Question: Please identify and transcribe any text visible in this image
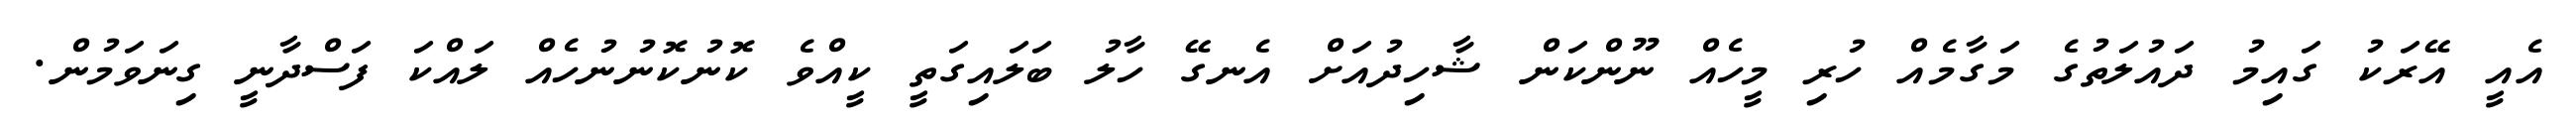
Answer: އެއީ އޭރަކު ގައިމު ދައުލަތުގެ މަގާމެއް ހުރި މީހެއް ނޫންކަން ޝާހިދުއަށް އެނގޭ ހާލު ބަލައިގަތީ ކީއްވެ ކޮނުކޮނުނުހެއް ލައްކަ ފަސްދާނީ ގިނަވަމުން.